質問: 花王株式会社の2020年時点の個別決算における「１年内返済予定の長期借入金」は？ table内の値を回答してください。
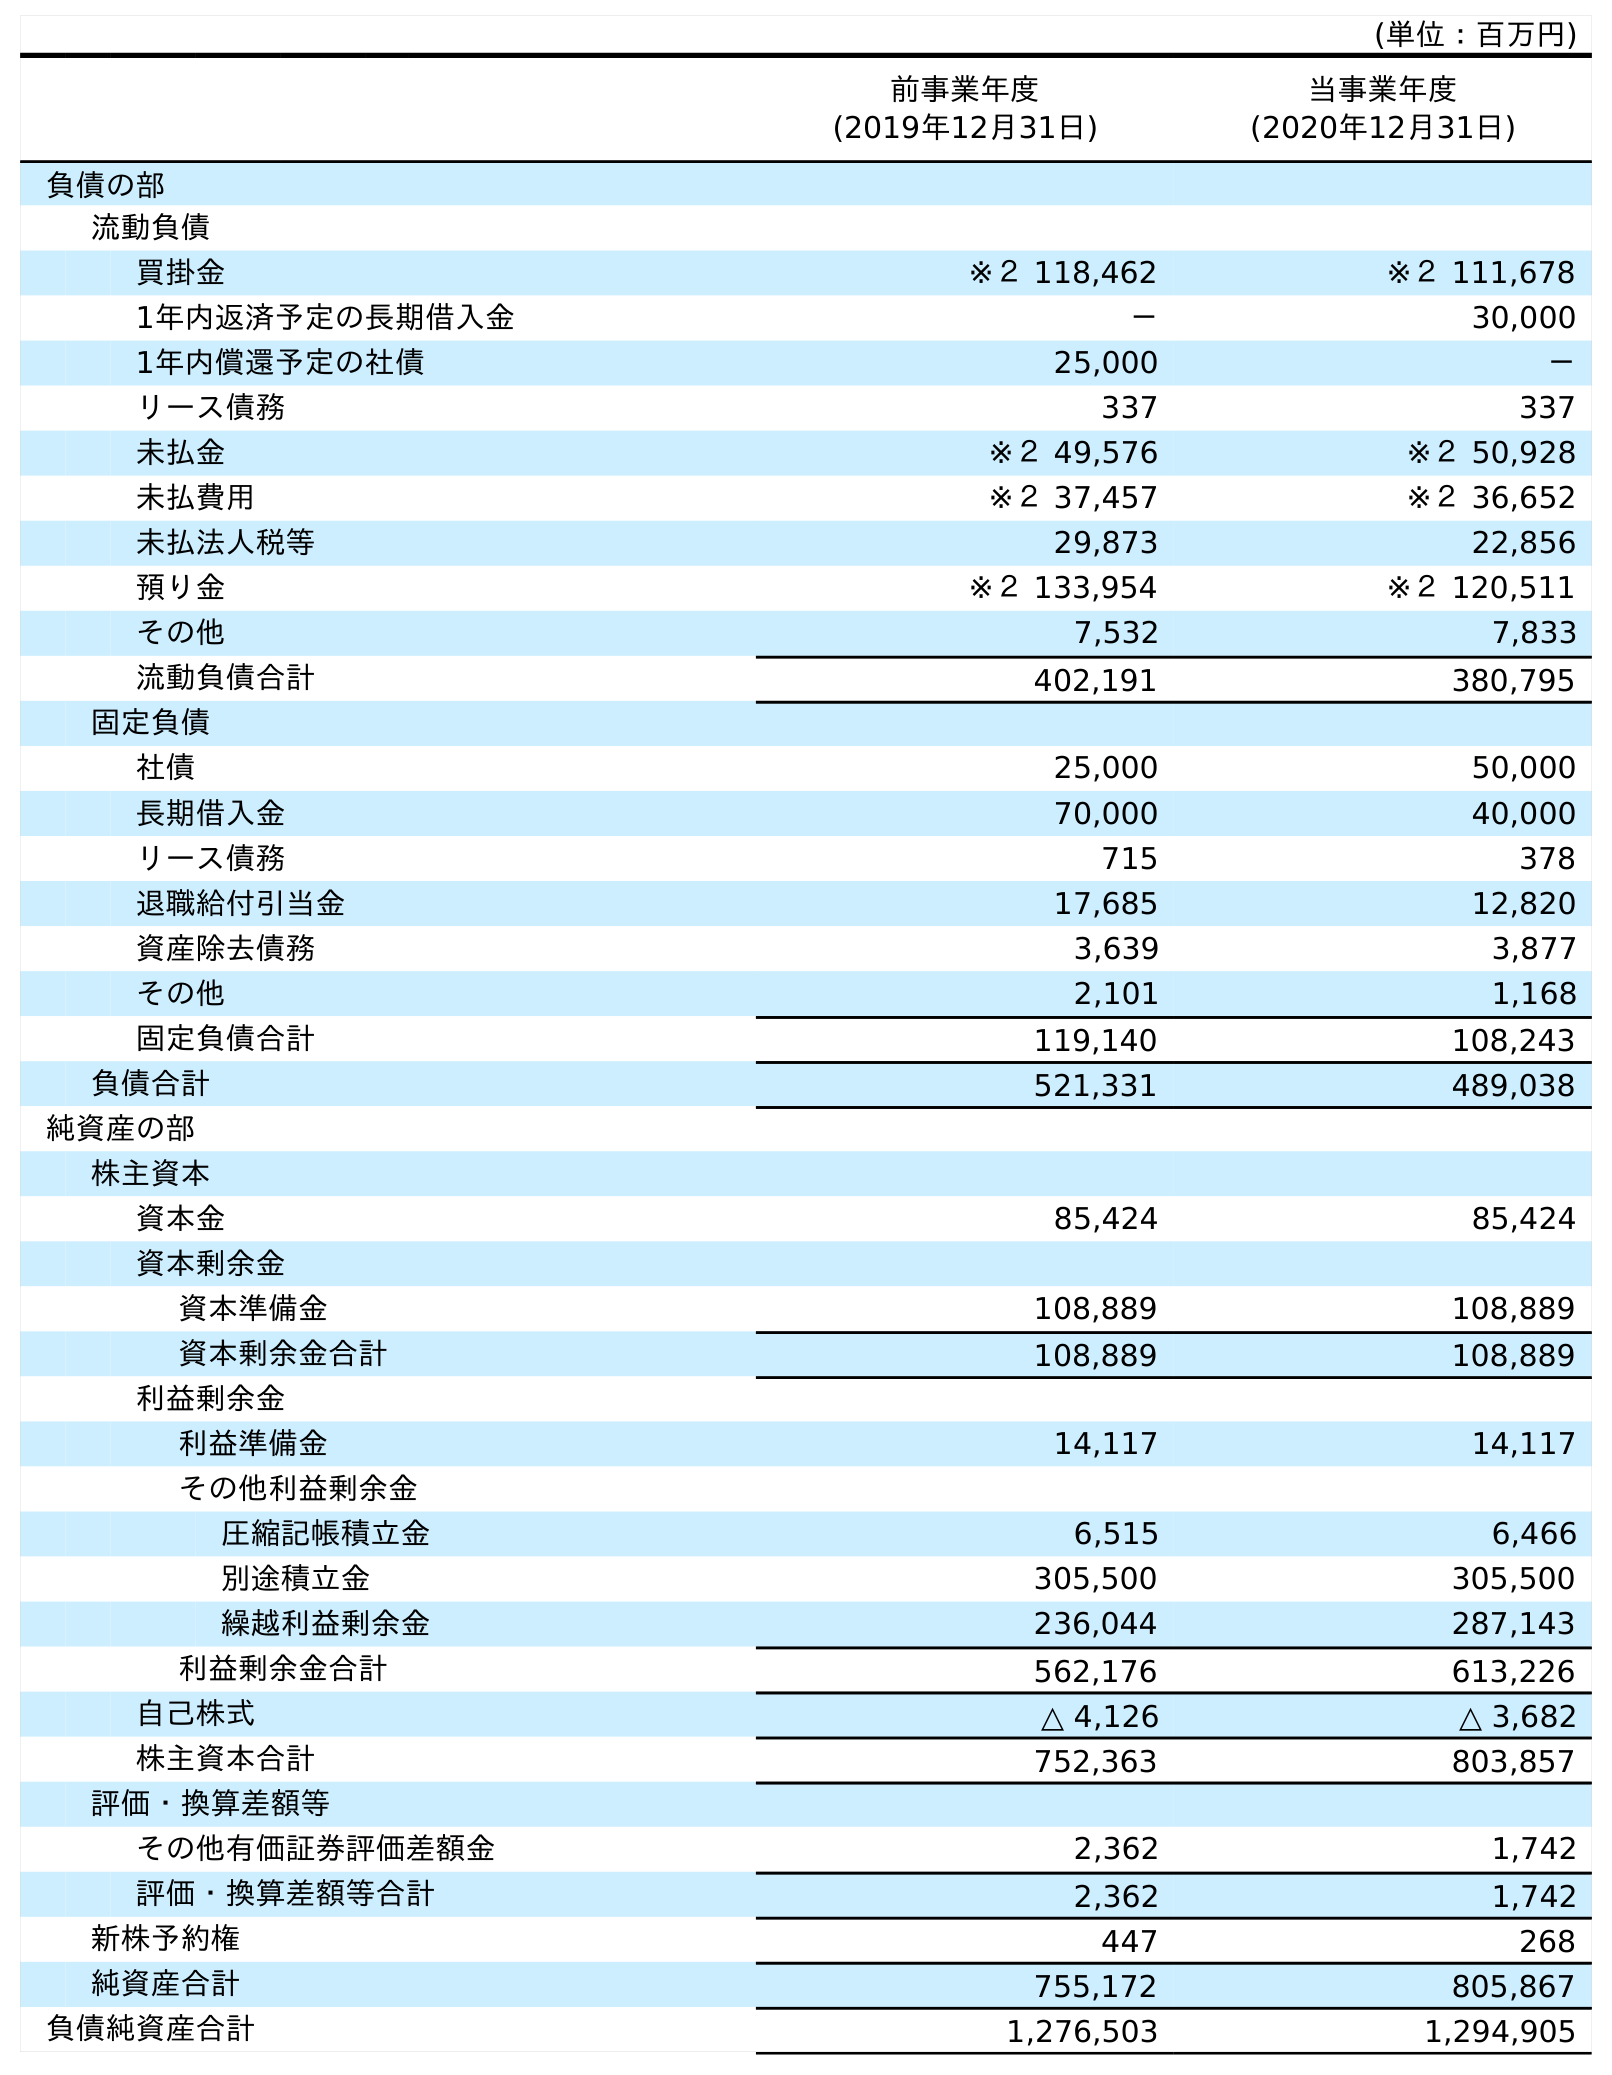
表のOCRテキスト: (単位：百万円) 前事業年度 (2019年12月31日) 当事業年度 (2020年12月31日) 負債の部 流動負債 買掛金 ※２ 118,462 ※２ 111,678 1年内返済予定の長期借入金 － 30,000 1年内償還予定の社債 25,000 － リース債務 337 337 未払金 ※２ 49,576 ※２ 50,928 未払費用 ※２ 37,457 ※２ 36,652 未払法人税等 29,873 22,856 預り金 ※２ 133,954 ※２ 120,511 その他 7,532 7,833 流動負債合計 402,191 380,795 固定負債 社債 25,000 50,000 長期借入金 70,000 40,000 リース債務 715 378 退職給付引当金 17,685 12,820 資産除去債務 3,639 3,877 その他 2,101 1,168 固定負債合計 119,140 108,243 負債合計 521,331 489,038 純資産の部 株主資本 資本金 85,424 85,424 資本剰余金 資本準備金 108,889 108,889 資本剰余金合計 108,889 108,889 利益剰余金 利益準備金 14,117 14,117 その他利益剰余金 圧縮記帳積立金 6,515 6,466 別途積立金 305,500 305,500 繰越利益剰余金 236,044 287,143 利益剰余金合計 562,176 613,226 自己株式 △ 4,126 △ 3,682 株主資本合計 752,363 803,857 評価・換算差額等 その他有価証券評価差額金 2,362 1,742 評価・換算差額等合計 2,362 1,742 新株予約権 447 268 純資産合計 755,172 805,867 負債純資産合計 1,276,503 1,294,905
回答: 30,000